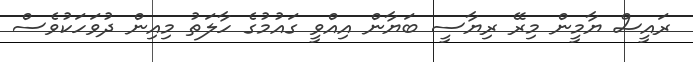
ރައީސް ޔާމީން މިރޭ ރިޔާސީ ބަޔާން އިއްވީ ގައުމުގެ ހާލަތު މިއިން ދުވަހަކުވެސް